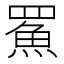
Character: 𩶊